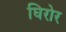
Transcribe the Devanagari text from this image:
घिरोर